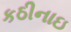
કઠીનાઇ